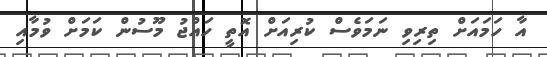
އާ ހަމައަށް ތިރިވި ނަމަވެސް ކުރިއަށް އޮތީ ހައްޖު މޫސުން ކަމަށް ވުމާއި